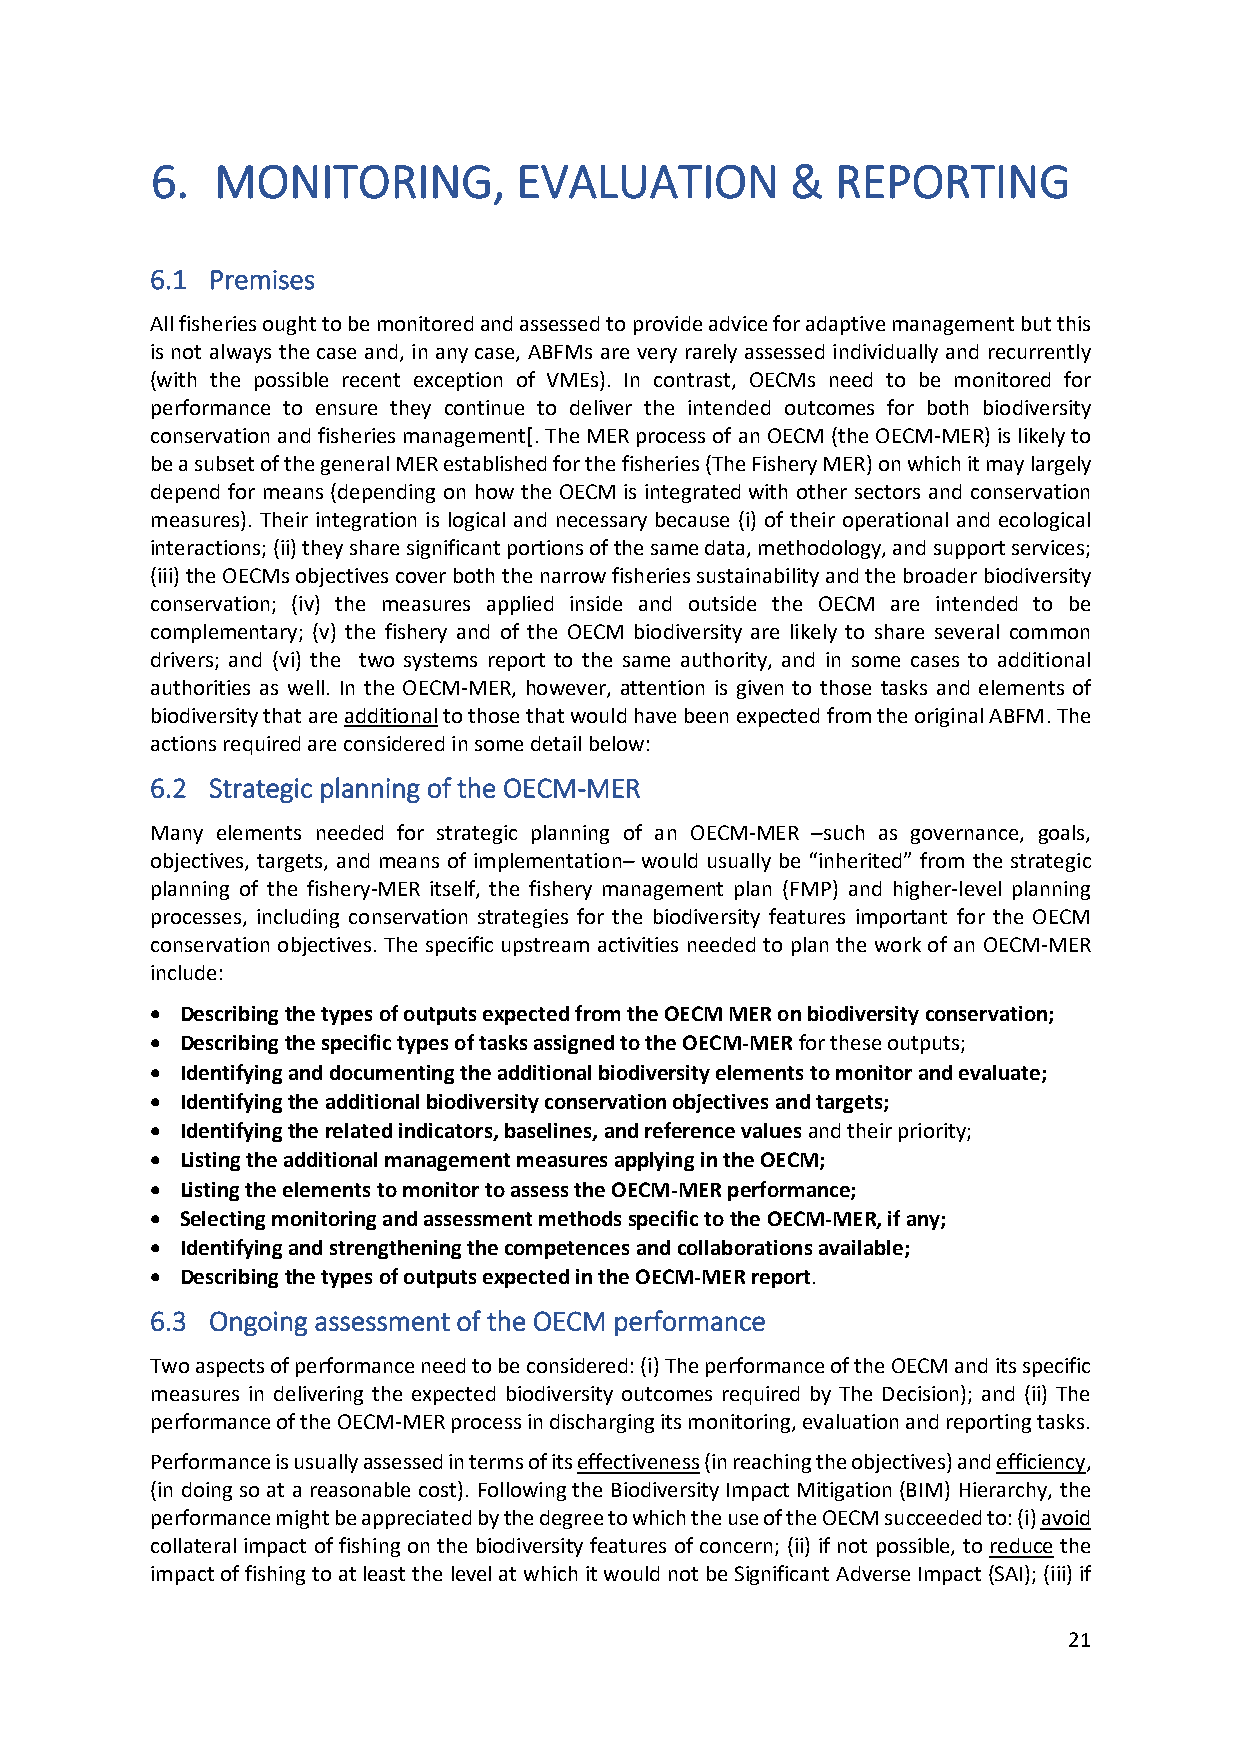
6.  MONITORING,         EVALUATION        &  REPORTING
 6.1 Premises
 All fisheries ought to be monitored and assessed to provide advice for adaptive management but this
 is not always the case and, in any case, ABFMs are very rarely assessed individually and recurrently
 (with the possible recent exception of VMEs). In contrast, OECMs need to be monitored for
 performance to ensure they continue to deliver the intended outcomes for both biodiversity
 conservation and fisheries management[. The MER process of an OECM (the OECM-MER) is likely to
 be a subset of the general MER established for the fisheries (The Fishery MER) on which it may largely
 depend for means (depending on how the OECM is integrated with other sectors and conservation
 measures). Their integration is logical and necessary because (i) of their operational and ecological
 interactions; (ii) they share significant portions of the same data, methodology, and support services;
 (iii) the OECMs objectives cover both the narrow fisheries sustainability and the broader biodiversity
 conservation; (iv) the measures applied inside and outside the OECM are intended to be
 complementary; (v) the fishery and of the OECM biodiversity are likely to share several common
 drivers; and (vi) the two systems report to the same authority, and in some cases to additional
 authorities as well. In the OECM-MER, however, attention is given to those tasks and elements of
 biodiversity that are additional to those that would have been expected from the original ABFM. The
 actions required are considered in some detail below:
 6.2 Strategic planning of the OECM-MER
 Many elements needed for strategic planning of an OECM-MER –such as governance, goals,
 objectives, targets, and means of implementation– would usually be “inherited” from the strategic
 planning of the fishery-MER itself, the fishery management plan (FMP) and higher-level planning
 processes, including conservation strategies for the biodiversity features important for the OECM
 conservation objectives. The specific upstream activities needed to plan the work of an OECM-MER
 include:
 • Describing the types of outputs expected from the OECM MER on biodiversity conservation;
 • Describing the specific types of tasks assigned to the OECM-MER for these outputs;
 • Identifying and documenting the additional biodiversity elements to monitor and evaluate;
 • Identifying the additional biodiversity conservation objectives and targets;
 • Identifying the related indicators, baselines, and reference values and their priority;
 • Listing the additional management measures applying in the OECM;
 • Listing the elements to monitor to assess the OECM-MER performance;
 • Selecting monitoring and assessment methods specific to the OECM-MER, if any;
 • Identifying and strengthening the competences and collaborations available;
 • Describing the types of outputs expected in the OECM-MER report.
 6.3 Ongoing assessment of the OECM performance
 Two aspects of performance need to be considered: (i) The performance of the OECM and its specific
 measures in delivering the expected biodiversity outcomes required by The Decision); and (ii) The
 performance of the OECM-MER process in discharging its monitoring, evaluation and reporting tasks.
 Performance is usually assessed in terms of its effectiveness (in reaching the objectives) and efficiency,
 (in doing so at a reasonable cost). Following the Biodiversity Impact Mitigation (BIM) Hierarchy, the
 performance might be appreciated by the degree to which the use of the OECM succeeded to: (i) avoid
 collateral impact of fishing on the biodiversity features of concern; (ii) if not possible, to reduce the
 impact of fishing to at least the level at which it would not be Significant Adverse Impact (SAI); (iii) if
 21